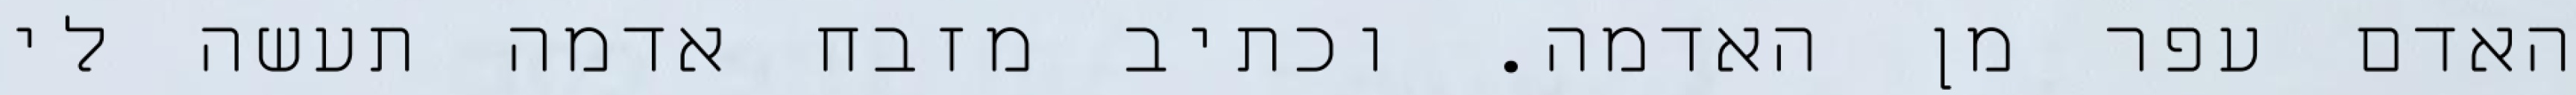
האדם עפר מן האדמה. וכתיב מזבח אדמה תעשה לי